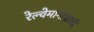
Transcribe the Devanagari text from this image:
रेल्वेमार्गासाठी